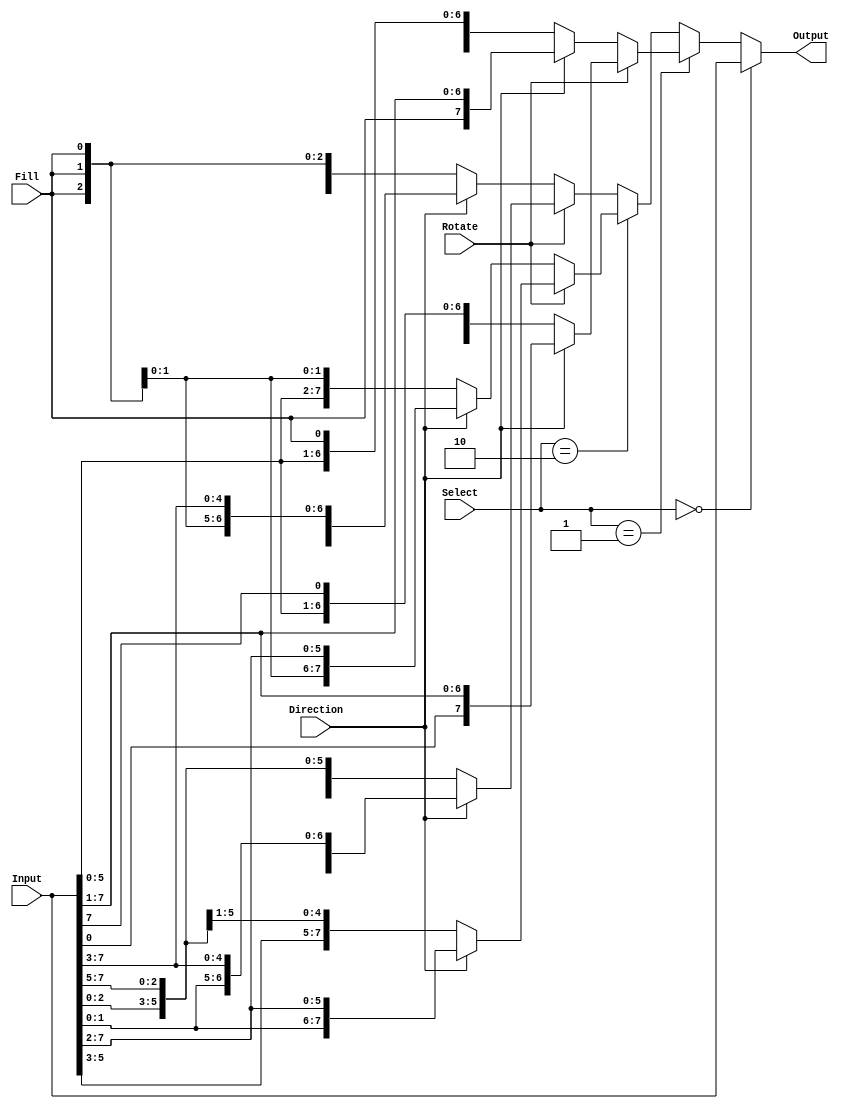
module Problem3(
    input [7:0] Input,
    input [1:0] Select,
    input Fill,
    input Direction,
    input Rotate,
    output reg [7:0] Output
    );
    
    always @ (Input, Select, Fill, Direction, Rotate)
    begin
        if (Select == 2'b00)		// No change 
            Output = Input;
            
        else if (Select == 2'b01)	// 1 bit change 
            begin
                if ( Rotate == 1)
                    begin
                        if (Direction == 1)
                            begin
                                Output = {Input[0], Input[7:1]};
                            end
                        else
                            begin
                                Output = {Input[6:0], Input[7]};
                            end
                    end
                else 
                    begin
                        if (Direction == 1)
                            begin
                                Output = {Fill, Input[7:1]};
                            end
                        else
                            begin
                                Output = {Input[6:0], Fill};
                            end
                    end
            end
        else if (Select == 2'b10)	// 2 bit change 
            begin
                if ( Rotate == 1)
                    begin
                        if (Direction == 1)
                            begin
                                Output = {Input[1:0], Input[7:2]};
                            end
                        else
                            begin
                                Output = {Input[5:0], Input[7:6]};
                            end
                    end
                else 
                    begin
                        if (Direction == 1)
                            begin
                                Output = {Fill, Fill,  Input[7:2]};
                            end
                        else
                            begin
                                Output = {Input[5:0], Fill, Fill};
                            end
                    end
            end
        else 				// 3 bit change 
            begin
                if ( Rotate == 1)
                    begin
                        if (Direction == 1)
                            begin
                                Output = {Input[2:0], Input[7:3]};
                            end
                        else
                            begin
                                Output = {Input[4:0], Input[7:5]};
                            end
                    end
                else 
                    begin
                        if (Direction == 1)
                            begin
                                Output = {Fill, Fill, Fill, Input[7:3]};
                            end
                        else
                            begin
                                Output = {Input[4:0], Fill, Fill, Fill};
                            end
                    end
            end
    end
    
    
endmodule